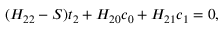
( H _ { 2 2 } - S ) t _ { 2 } + H _ { 2 0 } c _ { 0 } + H _ { 2 1 } c _ { 1 } = 0 ,